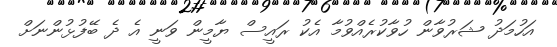
އަހުމަދު ޝަރުވާން ހުވާކުރެއްވުމާ އެކު ރައީސް ޔާމީން ވަނީ އެ ދެ ބޭފުޅުންނަށް